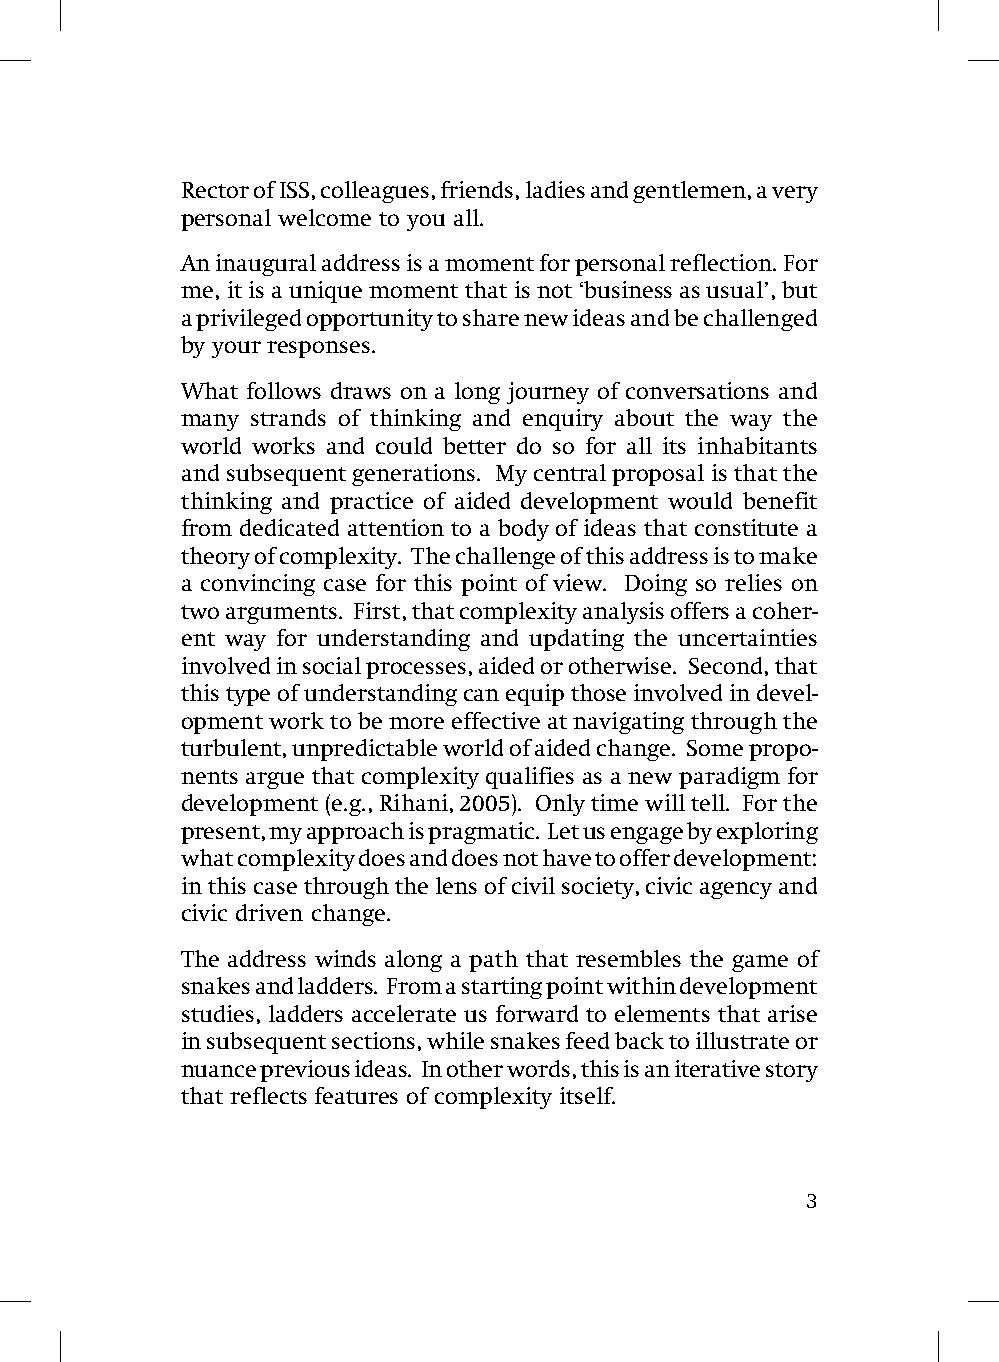
Rector of ISS, colleagues, friends, ladies and gentlemen, a very
 personal welcome to you all.
 An inaugural address is a moment for personal reflection. For
 me, it is a unique moment that is not ‘business as usual’, but
 a privileged opportunity to share new ideas and be challenged
 by your responses.
 What follows draws on a long journey of conversations and
 many strands of thinking and enquiry about the way the
 world works and could better do so for all its inhabitants
 and subsequent generations. My central proposal is that the
 thinking and practice of aided development would benefit
 from dedicated attention to a body of ideas that constitute a
 theory of complexity. The challenge of this address is to make
 a convincing case for this point of view. Doing so relies on
 two arguments. First, that complexity analysis offers a coher-
 ent way for understanding and updating the uncertainties
 involved in social processes, aided or otherwise. Second, that
 this type of understanding can equip those involved in devel-
 opment work to be more effective at navigating through the
 turbulent, unpredictable world of aided change. Some propo-
 nents argue that complexity qualifies as a new paradigm for
 development (e.g., Rihani, 2005). Only time will tell. For the
 present, my approach is pragmatic. Let us engage by exploring
 what complexity does and does not have to offer development:
 in this case through the lens of civil society, civic agency and
 civic driven change.
 The address winds along a path that resembles the game of
 snakes and ladders. From a starting point within development
 studies, ladders accelerate us forward to elements that arise
 in subsequent sections, while snakes feed back to illustrate or
 nuance previous ideas. In other words, this is an iterative story
 that reflects features of complexity itself.
 3